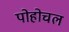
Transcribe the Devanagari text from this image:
पोहोचल